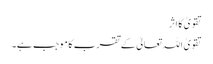
تقویٰ کا اثر
تقویٰ اللہ تعالیٰ کے تقرب کا موجب ہے۔